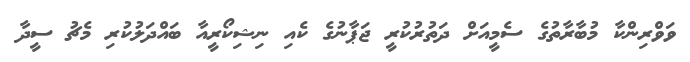
ވަވްރިންކާ މުބާރާތުގެ ސެމީއަށް ދަތުރުކުރީ ޖަޕާނުގެ ކެއި ނިޝިކޯރީއާ ބައްދަލުކުރި މެޗު ސީދާ